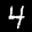
Label: 4